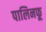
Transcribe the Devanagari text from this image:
पालिनफू